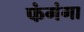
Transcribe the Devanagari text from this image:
फंगंगा